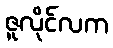
ဇူလိုင်လက